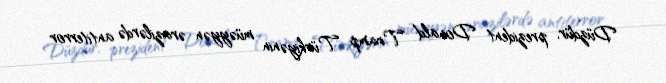
Düzdür, prezident Donald Tramp Türkiyənin müəyyən ərazilərdə antiterror